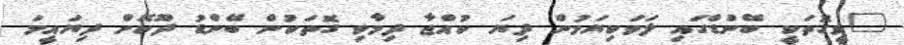
"ވީގޮތަކީ ބޭންޑްގައި ލަވަކިޔަމުން ދިޔަ ކުއްޖާ ދިމާވި ގޮތަކުން ބޭންޑު ދޫކޮށް ދިޔައީމަ